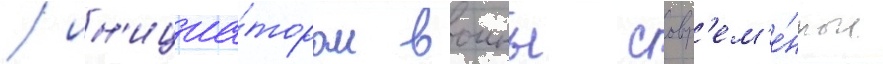
/ ин'ициа́тором воины совр'ем'е́нные